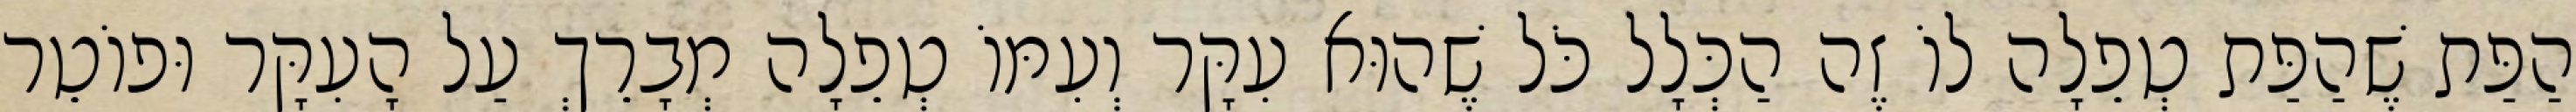
הַפַּת שֶׁהַפַּת טְפֵלָה לוֹ זֶה הַכְּלָל כֹּל שֶׁהוּא עִקָּר וְעִמּוֹ טְפֵלָה מְבָרֵךְ עַל הָעִקָּר וּפוֹטֵר